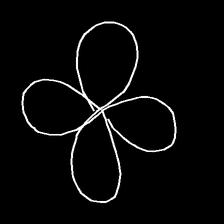
Glyph: billowing